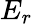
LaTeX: E_{r}